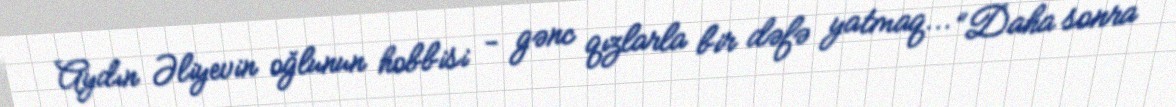
Aydın Əliyevin oğlunun hobbisi - gənc qızlarla bir dəfə yatmaq... “Daha sonra